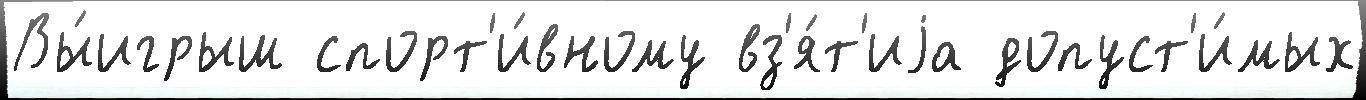
Вы́игрыш спорт'и́вному вз'я́т'иjа допуст'и́мых